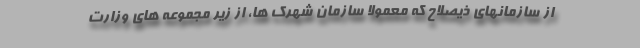
از سازمانهای ذیصلاح که معمولا سازمان شهرک ها، از زیر مجموعه های وزارت